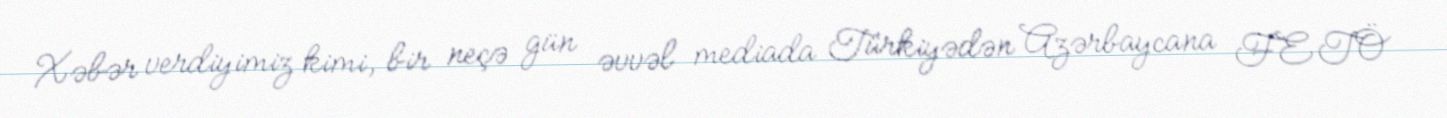
Xəbər verdiyimiz kimi, bir neçə gün əvvəl mediada Türkiyədən Azərbaycana FETÖ